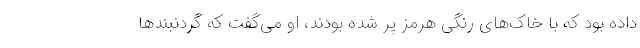
داده بود که با خاک‌های رنگی هرمز پر شده بودند، او می‌گفت که گردنبند‌ها